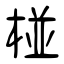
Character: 椪